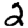
Digit: 2